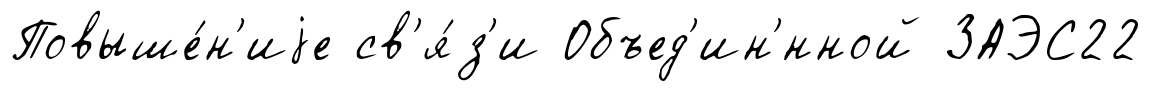
Повыше́н'иjе св'я́з'и Объед'ин'́нной ЗАЭС22